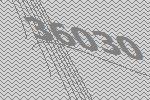
36030